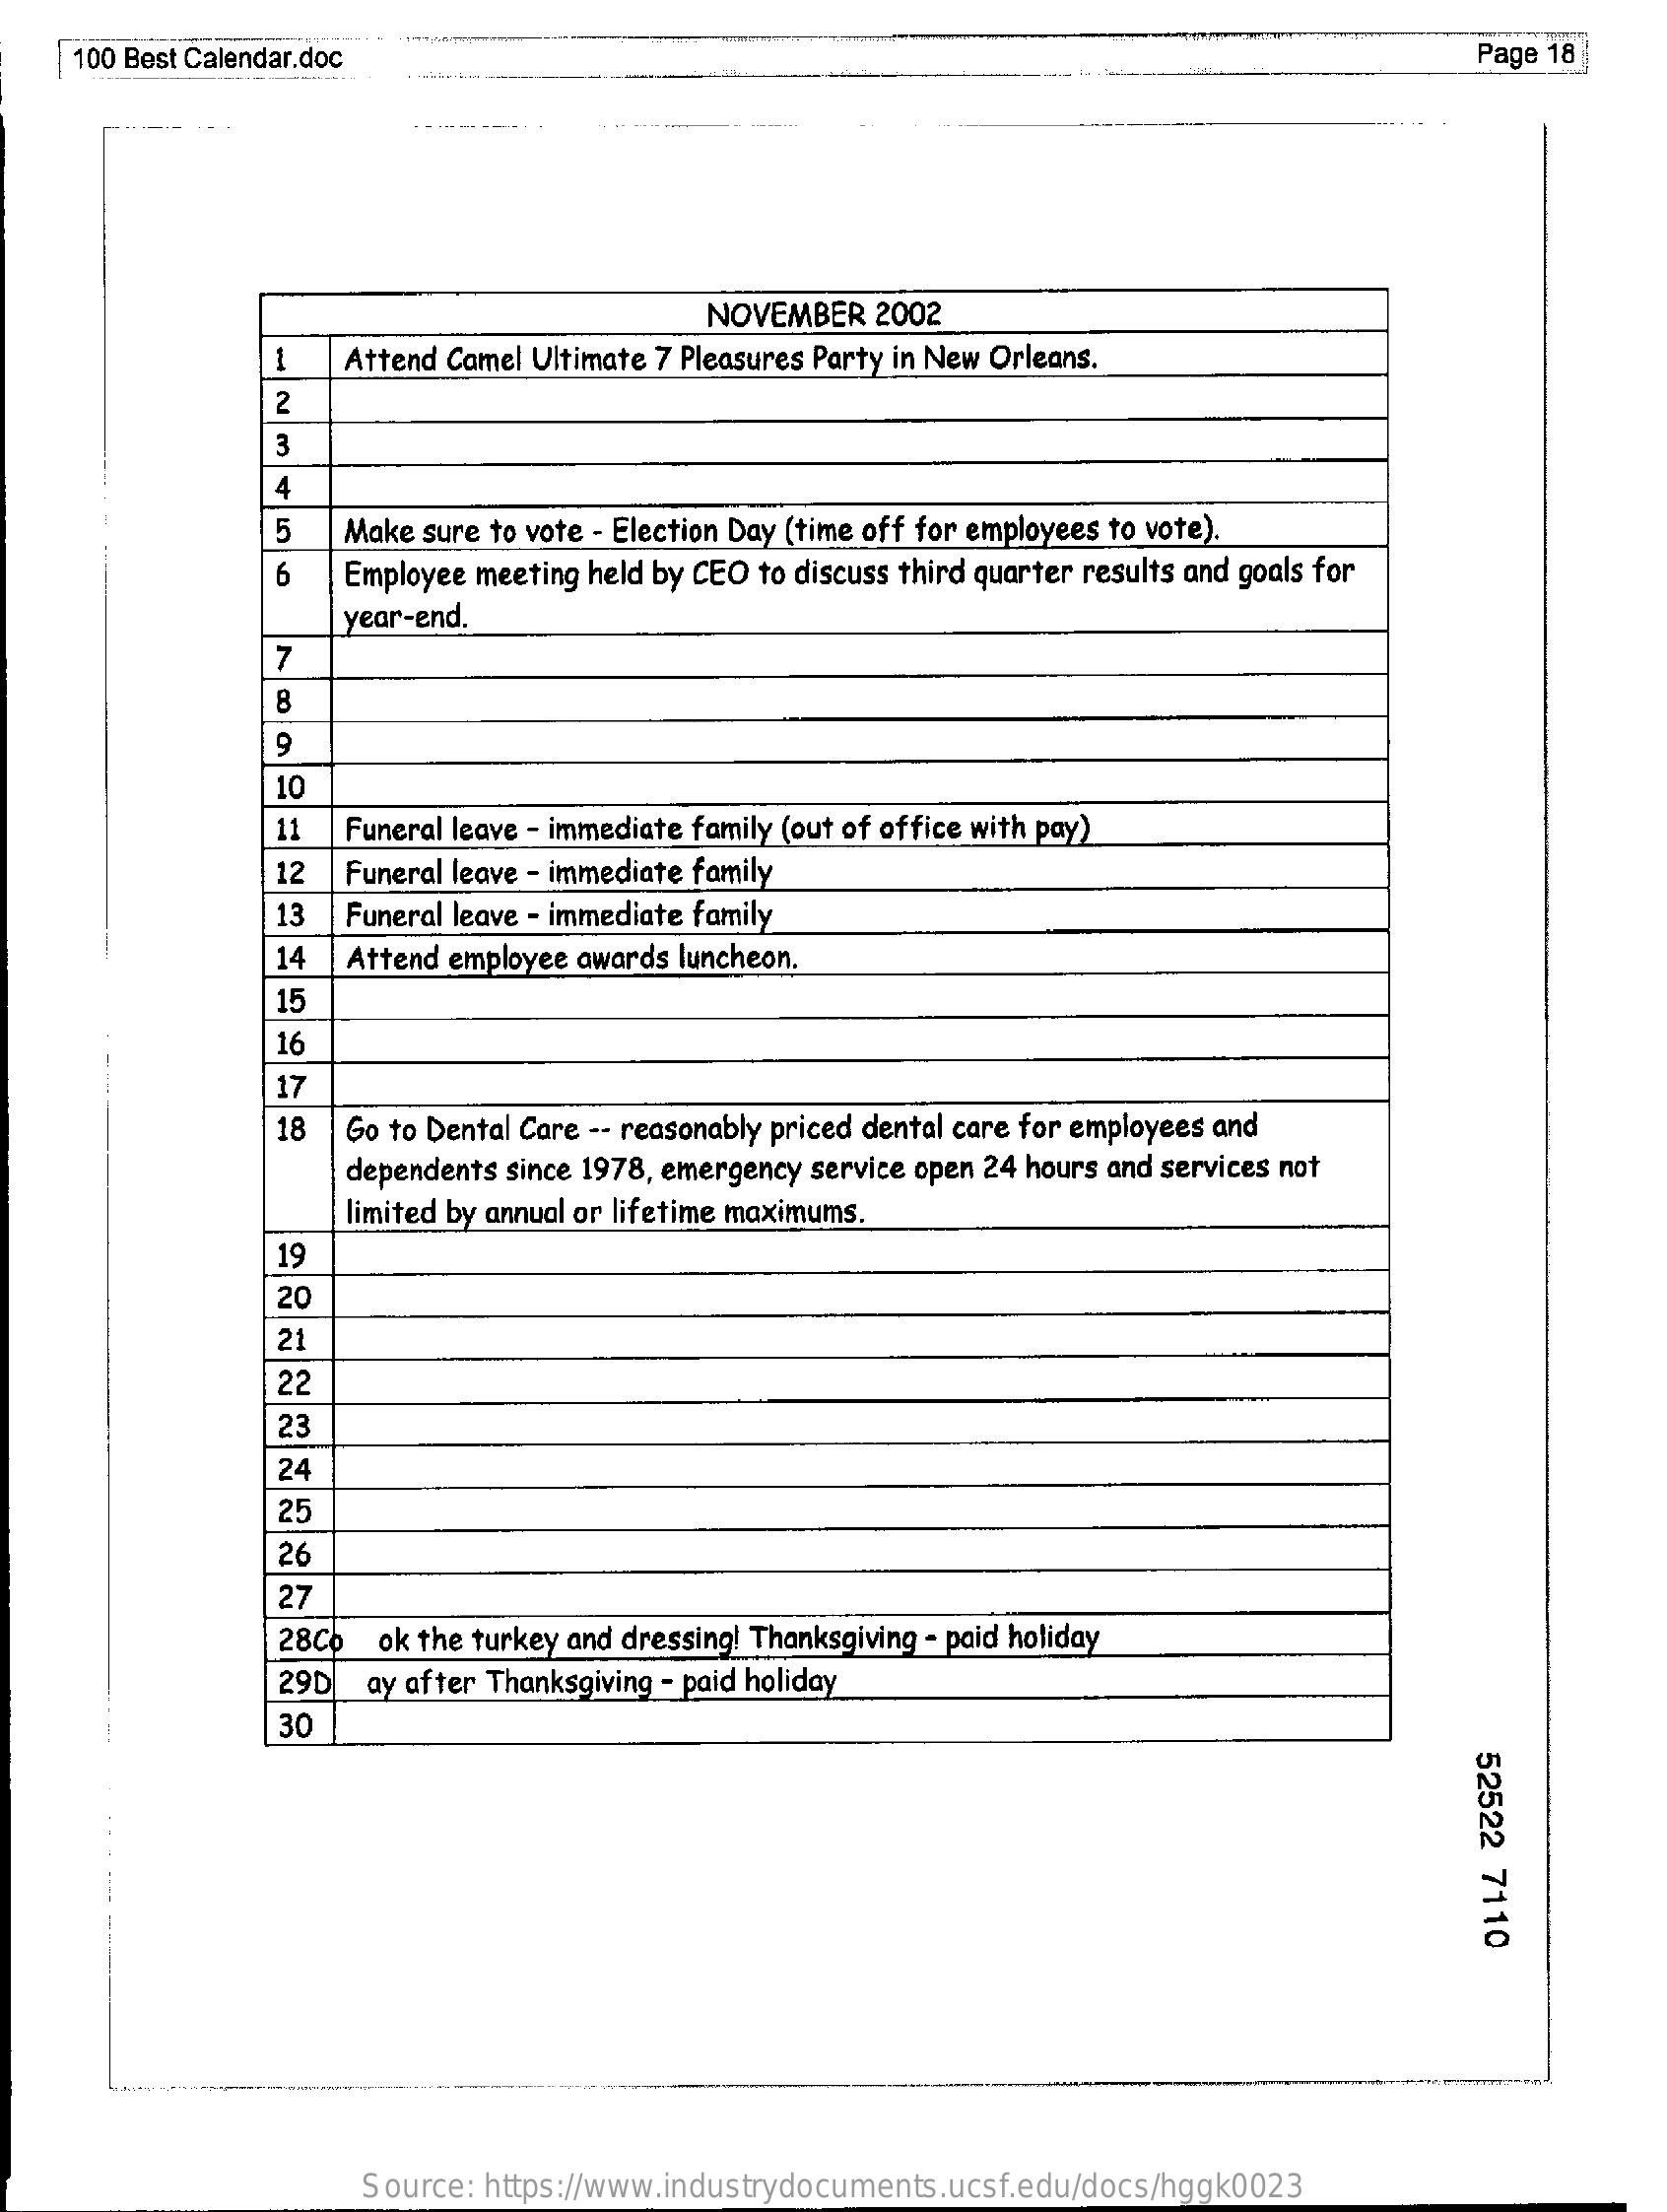
100 Best Calendar.doc    Page 18
     NOVEMBER  2002
     Attend Camel Ultimate 7 Pleasures Party in New Orleans.
     2
     4
     5  Make sure to vote - Election Day (time off for employees to vote)
     6   Employee meeting held by CEO to discuss third quarter results and goals for
     year-end.
     7
     9
     10
     11  Funeral leave - immediate family (out of office with pay)
     12  Funeral leave - immediate family
     13  Funeral leave - immediate family
     14  Attend employee awards luncheon.
     15
     16
     17
     18  Go to Dental Care -- reasonably priced dental care for employees and
     dependents since 1978, emergency service open 24 hours and services not
     limited by annual or lifetime maximums.
     19
     20
     21
     22
     23
     24
     25
     26
     27
     28Co ok the turkey and dressing! Thanksgiving - paid holiday
     29D  ay after Thanksgiving - paid holiday
     30
     52522
     7110
     Source: https://www.industrydocuments.ucsf.edu/docs/hggk0023